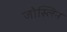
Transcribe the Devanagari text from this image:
जोस्लिन